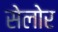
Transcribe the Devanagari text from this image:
सेलोर